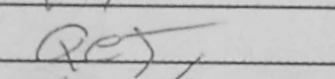
Transcription: Qe5